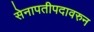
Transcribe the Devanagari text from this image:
सेनापतीपदावरुन